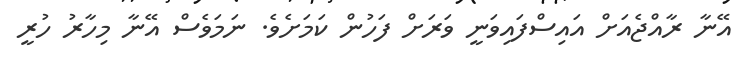
އޭނާ ރާއްޖެއަށް އައިސްފައިވަނީ ވަރަށް ފަހުން ކަމަށެވެ. ނަމަވެސް އޭނާ މިހާރު ހުރީ